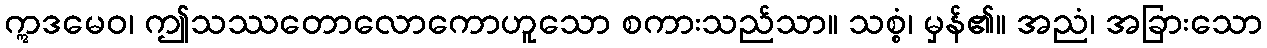
ဣဒမေဝ၊ ဤသဿတောလောကောဟူသော စကားသည်သာ။ သစ္စံ၊ မှန်၏။ အညံ၊ အခြားသော